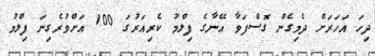
ދިހަ އަހަރަށް ދެމިގެން ގޮސްފަވާ އޭނާގެ ފިލްމު ކެރިއަރުގަ 100 އަށްވުރެގިނަ ފިލްމު